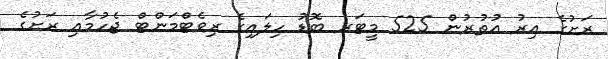
ރަށުގެ އިރު އުތުރުން 525 މީޓަރ ބޮޑު ހިލައިގެ ރިވެޓްމަންޓް ޖެހުމާއި ރަށުގެ